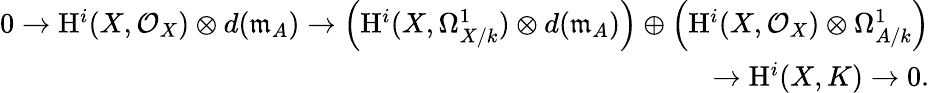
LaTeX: \begin{array}{r}{0\rightarrow\mathrm{H}^{i}(X,\mathcal{O}_{X})\otimes d(\mathfrak{m}_{A})\rightarrow\left(\mathrm{H}^{i}(X,\Omega_{X/k}^{1})\otimes d(\mathfrak{m}_{A})\right)\oplus\left(\mathrm{H}^{i}(X,\mathcal{O}_{X})\otimes\Omega_{A/k}^{1}\right)}\\ {\rightarrow\mathrm{H}^{i}(X,K)\rightarrow 0.}\end{array}